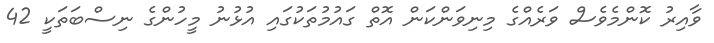
ވާއިރު ކޮންމެވެސް ވަރެއްގެ މިނިވަންކަން އޮތް ގައުމުތަކުގައި އުޅުނު މީހުންގެ ނިސްބަތަކީ 42